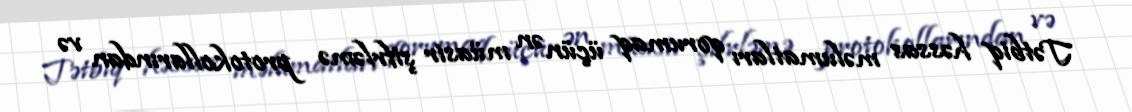
Tətbiq həssas məlumatları qorumaq üçün ən müasir şifrləmə protokollarından və